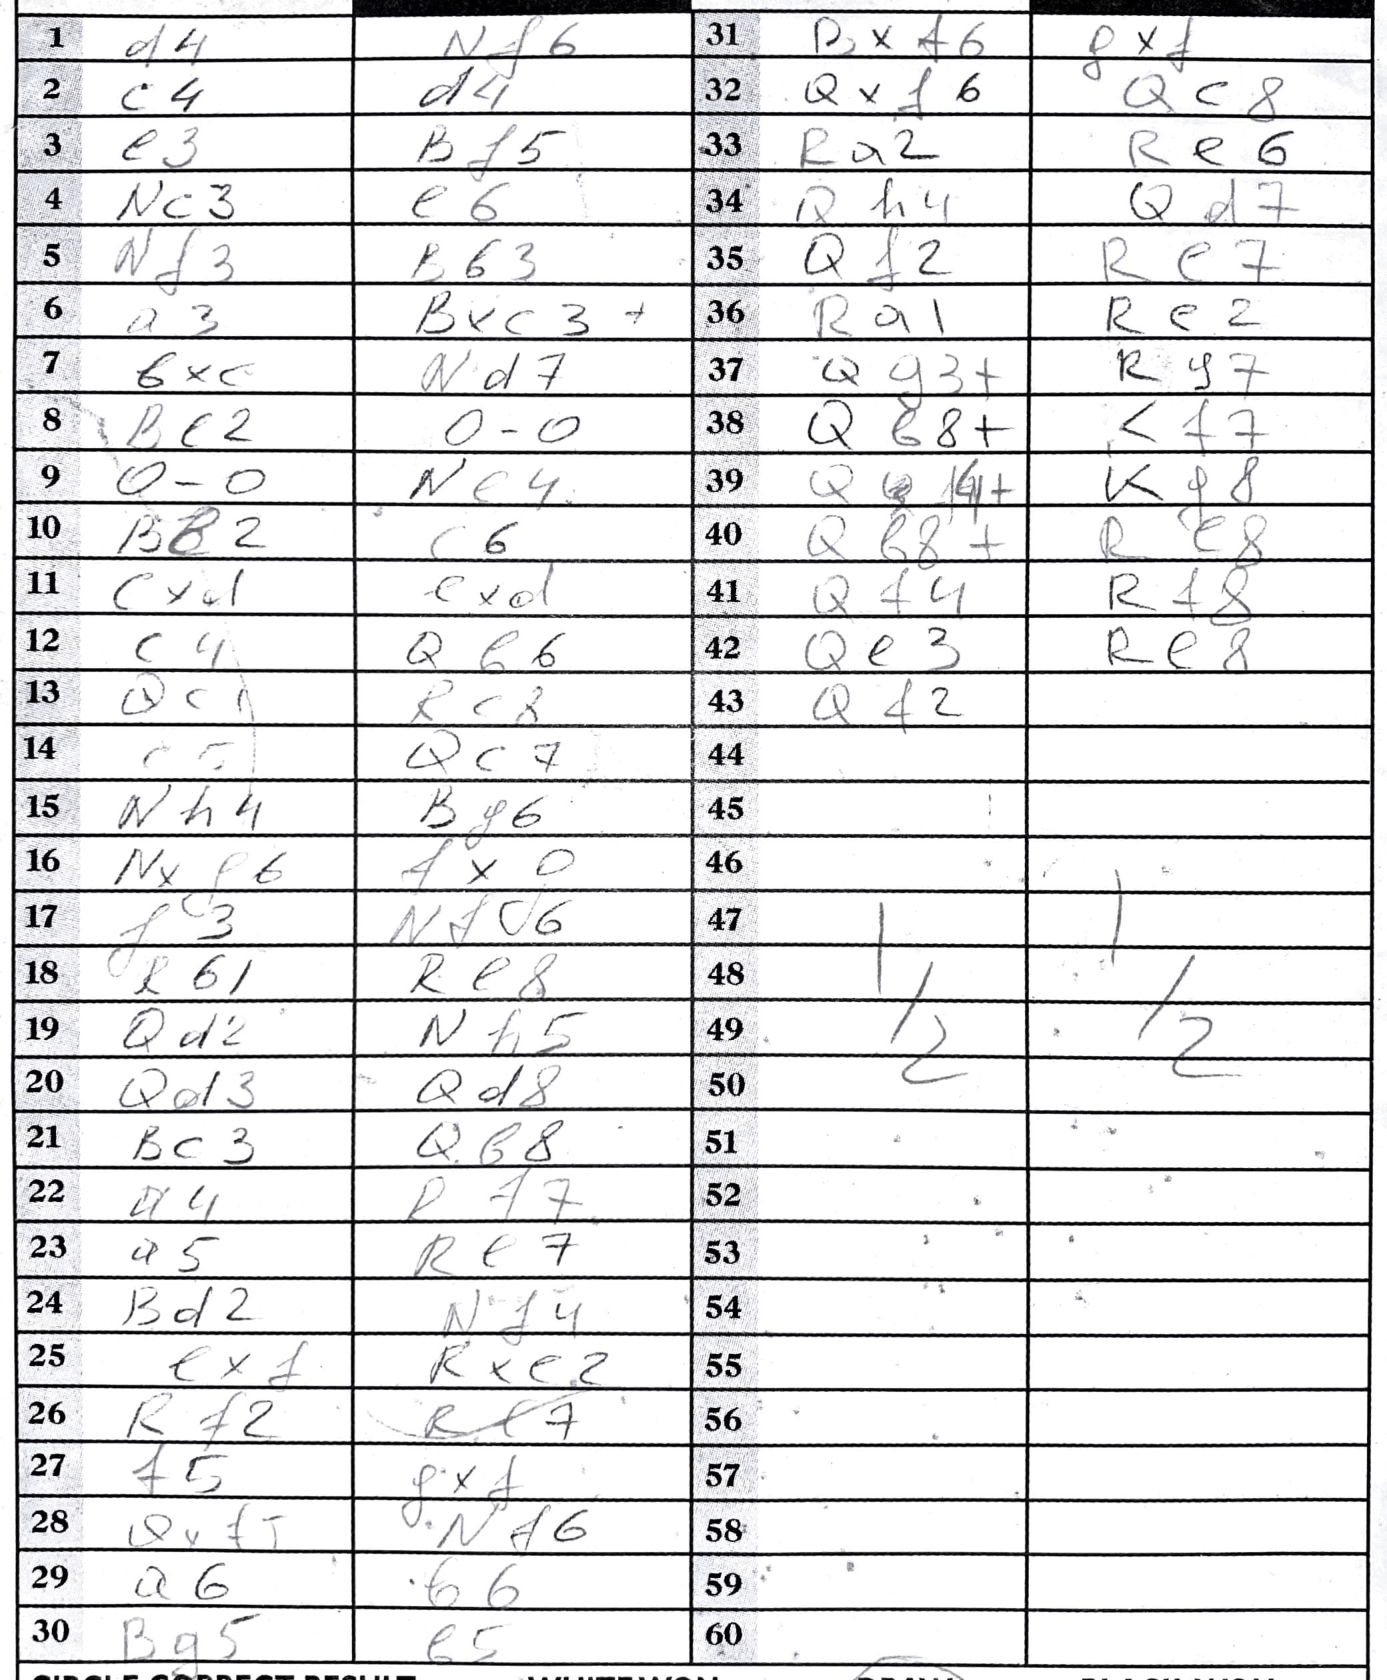
Moves: d4 Nf6 c4 d4 e3 Bf5 Nc3 e6 Nf3 Bb3 a3 Bxc3+ bxc Nd7 Bc2 O-O O-O Ne4 Bb2 c6 cxd c4 Qb6 Qc1 Rc8 c5 Qc7 Nh4 Bf6 Nxf6 fxg f3 Nfc6 Rb1 Re8 Qd2 Nf5 Qd3 Qd8 Bc3 Qb8 a4 Rf7 a5 Re7 Bd2 Nf4 exf Rxe2 Rf2 Rf7 f5 gxf Qxf5 Nf6 a6 b6 Bg5 b5 Bxf6 gxf Qxf6 Qc8 Ra2 Re6 Qh4 Qd7 Qf2 Re7 Ra1 Re2 Qg3+ Rg7 Qb8+ Kf7 Kg8 Qb8+ Re8 Qf4 Rf8 Qe3 Re8 Qf2